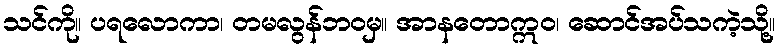
သင်ကို။ ပရလောကာ၊ တမလွန်ဘဝမှ။ အာနတောဣဝ၊ ဆောင်အပ်သကဲ့သို့။